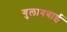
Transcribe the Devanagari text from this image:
गुलाबबाई